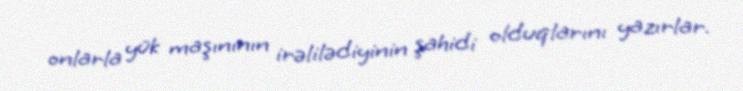
onlarla yük maşınının irəlilədiyinin şahidi olduqlarını yazırlar.